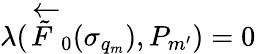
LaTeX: \lambda(\overleftarrow{\tilde{F}}_{0}(\sigma_{q_{m}}),P_{m^{\prime}})=0